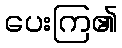
ပေးကြ၏